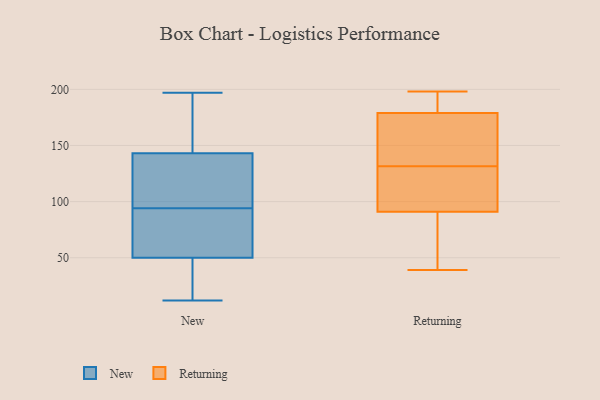
{"axis": {"x": "Humidity (%)", "y": "Value"}, "legend": ["New", "Returning"], "data": [{"x": "", "y": 94, "type": "New"}, {"x": "", "y": 170, "type": "New"}, {"x": "", "y": 54, "type": "New"}, {"x": "", "y": 187, "type": "New"}, {"x": "", "y": 134, "type": "New"}, {"x": "", "y": 106, "type": "New"}, {"x": "", "y": 54, "type": "New"}, {"x": "", "y": 197, "type": "New"}, {"x": "", "y": 73, "type": "New"}, {"x": "", "y": 100, "type": "New"}, {"x": "", "y": 38, "type": "New"}, {"x": "", "y": 24, "type": "New"}, {"x": "", "y": 12, "type": "New"}, {"x": "", "y": 121, "type": "Returning"}, {"x": "", "y": 142, "type": "Returning"}, {"x": "", "y": 196, "type": "Returning"}, {"x": "", "y": 81, "type": "Returning"}, {"x": "", "y": 102, "type": "Returning"}, {"x": "", "y": 39, "type": "Returning"}, {"x": "", "y": 191, "type": "Returning"}, {"x": "", "y": 182, "type": "Returning"}, {"x": "", "y": 198, "type": "Returning"}, {"x": "", "y": 79, "type": "Returning"}, {"x": "", "y": 91, "type": "Returning"}, {"x": "", "y": 172, "type": "Returning"}, {"x": "", "y": 101, "type": "Returning"}, {"x": "", "y": 142, "type": "Returning"}, {"x": "", "y": 97, "type": "Returning"}, {"x": "", "y": 91, "type": "Returning"}, {"x": "", "y": 146, "type": "Returning"}, {"x": "", "y": 179, "type": "Returning"}]}